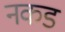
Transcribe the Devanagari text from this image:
नकड